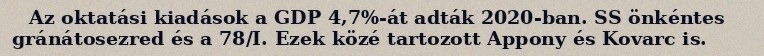
Az oktatási kiadások a GDP 4,7%-át adták 2020-ban. SS önkéntes gránátosezred és a 78/I. Ezek közé tartozott Appony és Kovarc is.